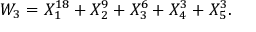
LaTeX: W _ { 3 } = X _ { 1 } ^ { 1 8 } + X _ { 2 } ^ { 9 } + X _ { 3 } ^ { 6 } + X _ { 4 } ^ { 3 } + X _ { 5 } ^ { 3 } .